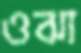
ওঝা